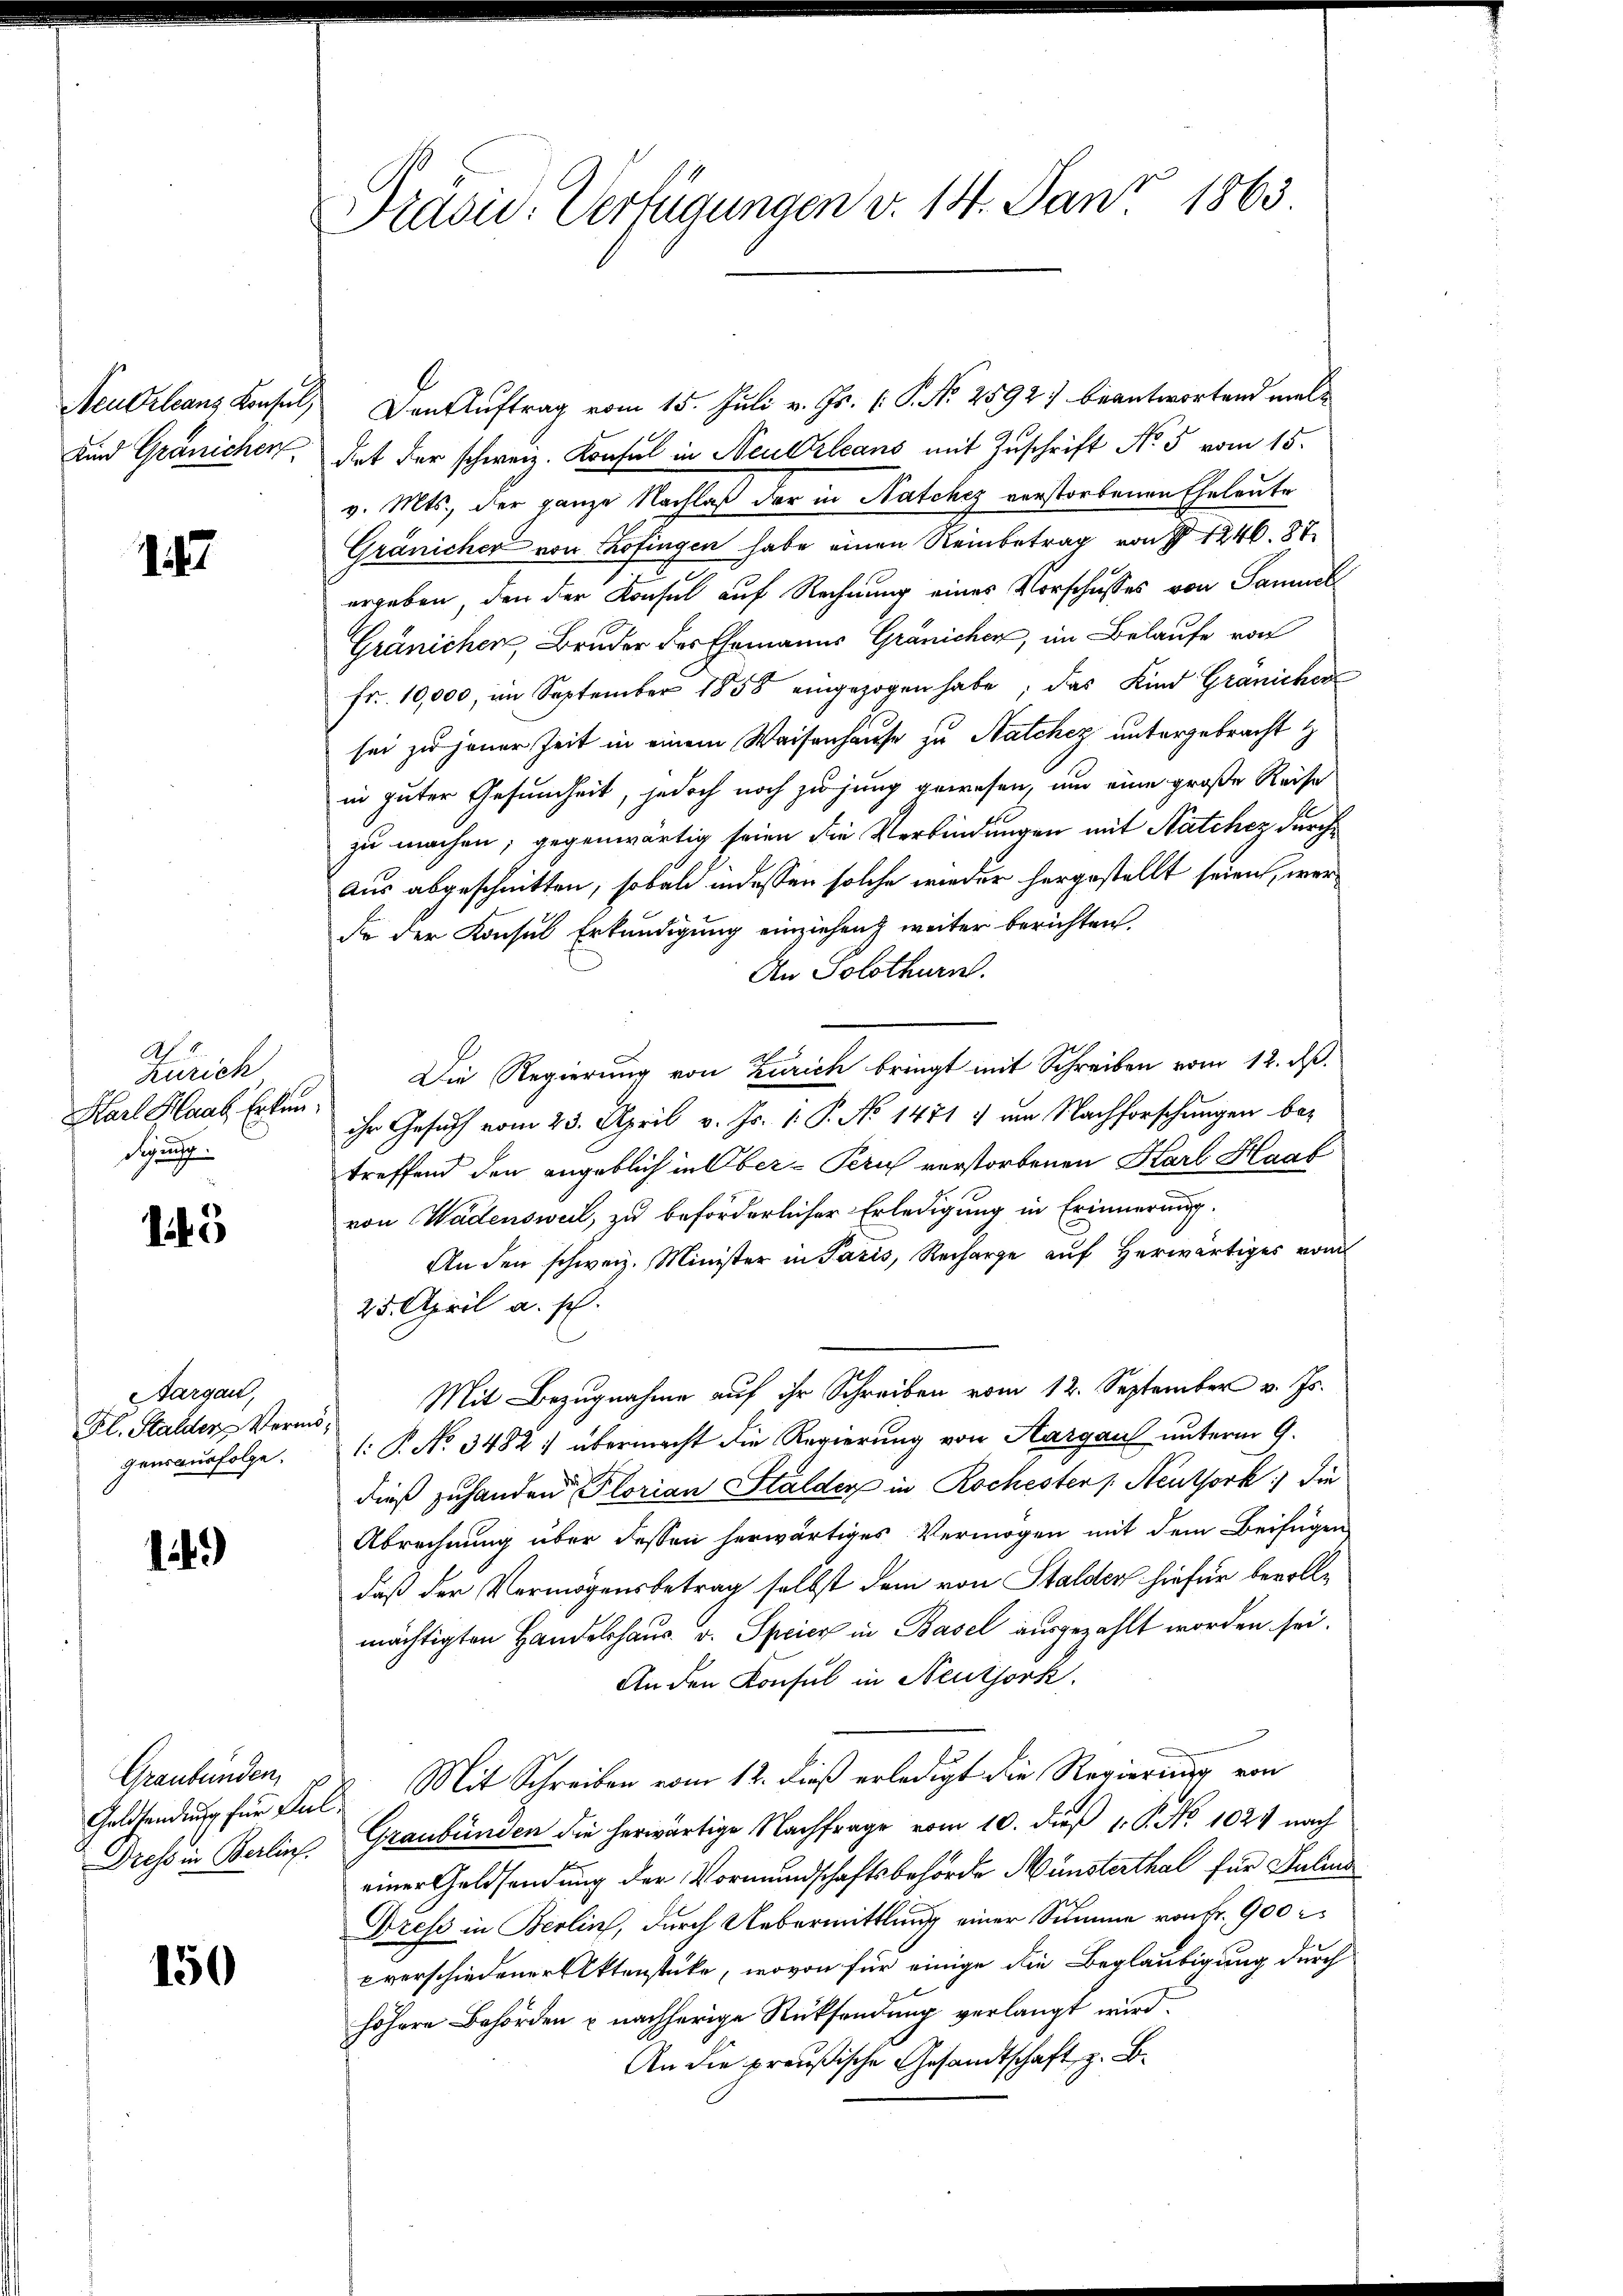
Neu Orleans Konsul,

147

Ah. E.
Zürich
Harl Haas Erkundigung

143

Aargau,
Kl. Stalder Vermögensausfolge.

14)

Graubünden

150

Präsid. Verfügungen v. 14. Janz 1863

Den Auftrag vom 15. Juli v. Js. [S. No 2592. beantwortend mel¬
Kind Gränichen, dat der schweiz. Konsul in Neuerleans mit Zuschrift No 5 vom 15.
v. Mts., der ganze Nachlaß der in Natchez verstorbenen Eheleute
Gränicher von Kofingen habe einen Reinbetrag von § 1246. 87.
ergeben, den der Konsul auf Rechnung eines Vorschusses von Samuell
Gränichen, Bruder des Ehemanns Gränichen, im Belaufe von
fr. 10,000, am September 1858 eingezogen habe; das Kind Granicker
sei zu jener Zeit in einem Waisenhause zu Natchez untergebracht
in guter Gesundheit, jedoch noch zu jung gewesen, um eine große Reise
zu machen; gegenwärtig seien die Verbindungen mit Natchez durch
aus abgeschnitten, sobald in dessen solche wieder hergestellt seien, werde der Konsul Erkundigung einziehen weiter berichten.
An Solothurn.
Die Regierung von Zürich bringt mit Schreiben vom 12. ds.
ihr Gesuch vom 23. April v. Js. 1. P. No 1471 & um Nachforschungen betreffend den angeblich in Ober- Peruch verstorbenen Karl Haab
von Wadensweil, zu beförderlicher Erledigung in Erinnerung.
An den schweiz. Minister in Pazis, Recharge auf herwärtiges vom
25. April a. s.
Mit Bezugnahme auf ihr Schreiben vom 12. September v. Js.
1: P. No 3482: übermacht die Regierung von Aargau unterm 9.
dieß zuhanden Florian Stalder in Rochester /: Neuthork die
Abrechnung über dessen herwärtiges Vermögen mit dem Beifügen
daß der Vermögensbetrag selbst dem von Stalden hiefür bevolle
mächtigten Handelshaus. v. Speicz in Basel ausgezahlt worden sei.
An den Konsul in Neutjork.
Geldsendung für Pal. Mit Schreiben vom 12. dieß erledigt die Regierung von
Dress in Berlins Graubünden die herwärtige Nachfrage vom 10. dieß 1. P. No 1024 nach
einer Geldsendung der Vormundschaftsbehörde Münsterthal für Juli
Dress in Berlin, durch Uebermittlung einer Summe von Fr. 900 r
Everschiedener Aktenstücke, wovon für einige die Beglaubigung durch
höhere Behörden u nachherige Rücksendung verlangt wird.
An die preußische Gesandtschaft, z. B.